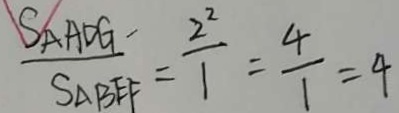
\frac { S _ { \Delta A O G } } { S _ { \Delta A B F } } = \frac { 2 ^ { 2 } } { 1 } = \frac { 4 } { 1 } = 4